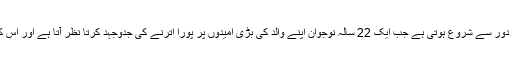
فلم سنجے دت کی پہلی فلم سے قبل کے دور سے شروع ہوتی ہے جب ایک 22 سالہ نوجوان اپنے والد کی بڑی امیدوں پر پورا اترنے کی جدوجہد کرتا نظر آتا ہے اور اس کی ماں کو کینسر کی تشخیص ہوئی ہے۔